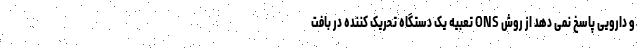
و دارویی پاسخ نمی دهد از روش ONS تعبیه یک دستگاه تحریک کننده در بافت